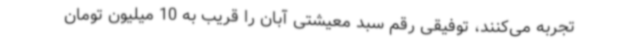
تجربه می‌کنند، توفیقی رقم سبد معیشتی آبان را قریب به 10 میلیون تومان